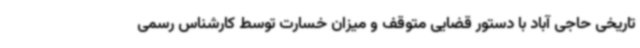
تاریخی حاجی آباد با دستور قضایی متوقف و میزان خسارت توسط کارشناس رسمی